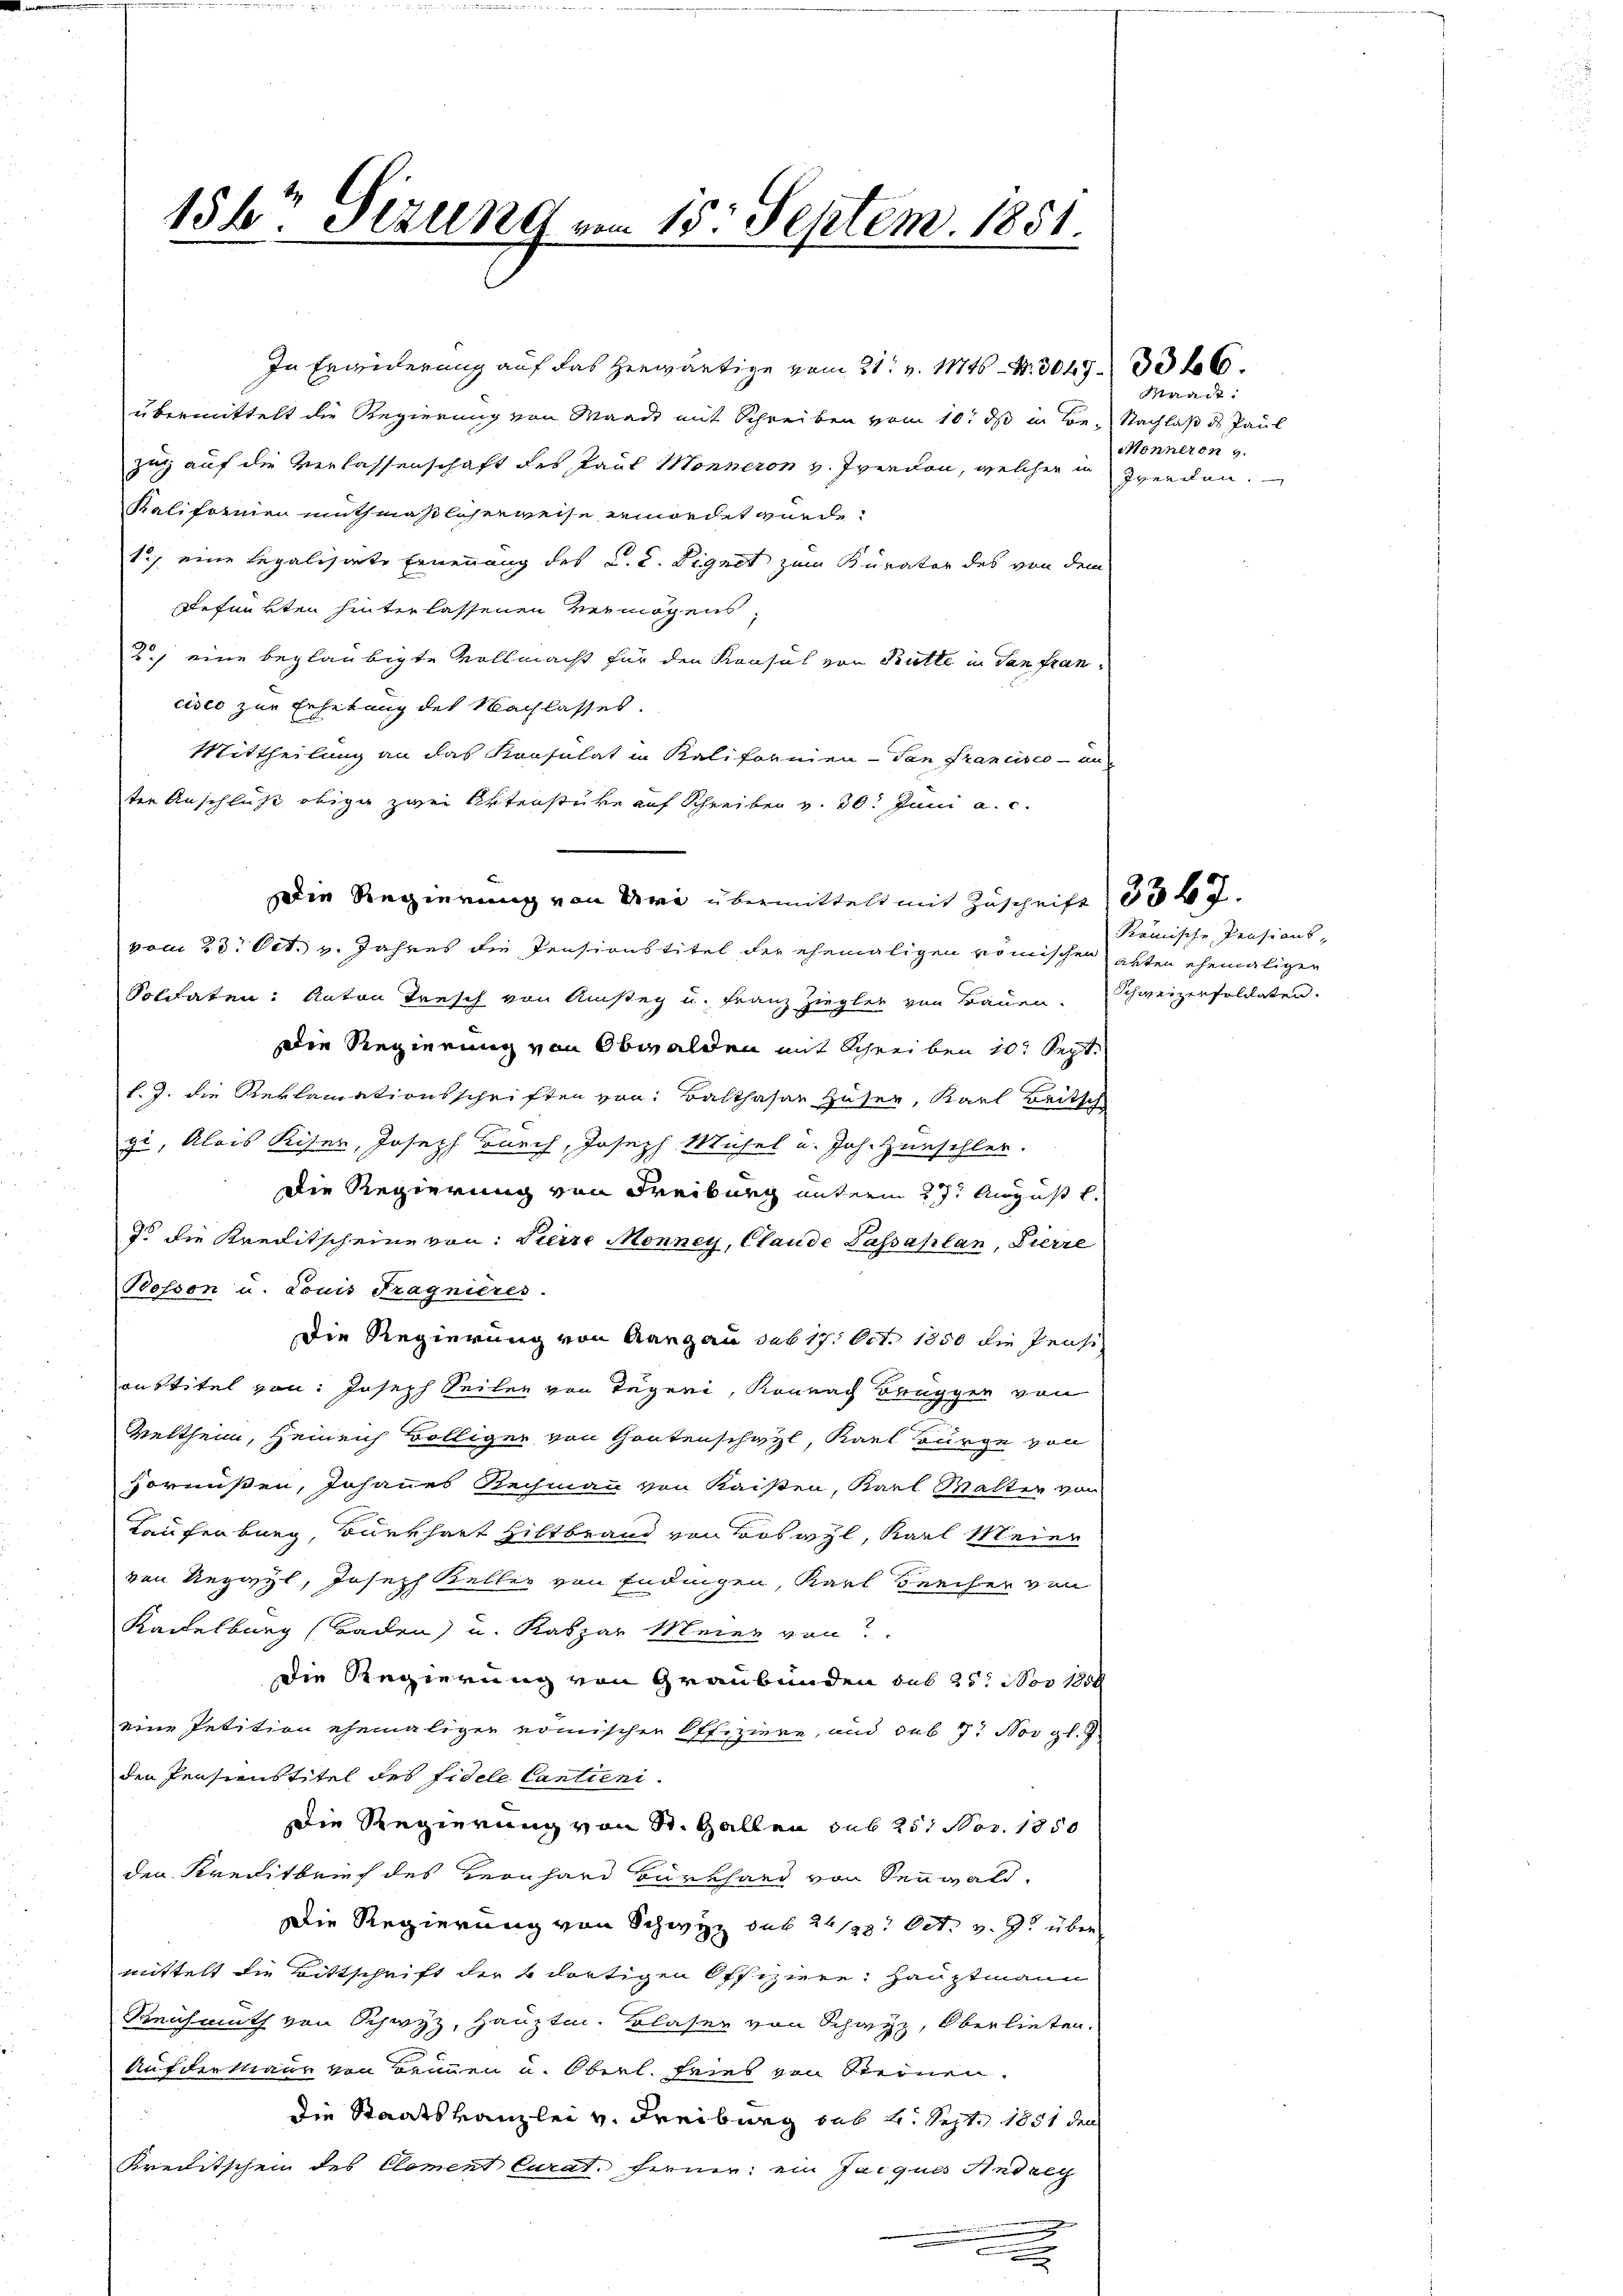
156 Sezung vom 15. Septem. 1851.

In Erwiderung auf das herwärtige vom 21. v. 11746. 3049. 336.
übermittelt die Regierung von Waadt mit Schreiben vom 10. ds in Be- Nachlaß ds Paul
zug auf die Verlassenschaft des Paul Monneron v. Irendon, welcher in Zwerden.
Kalifornien muthmaßlicherweise ermordet wurde.
1) eine Legalisirte Ernennung des C. C. Signet zum Kurator des von dem
Refunkten hinterlassenen Vermögens,
2.) eine beglaubigte Vollmacht für den Konsul von Butte in San fran
cisco zur Erhebung des Nachlasses.
Mittheilung an das Konsulat in Kalifornien-Tan Francisco - an
ter Anschluß obiger zwei Aktenstüke auf Schreiben v. 30. Juni a. c.
Die Regierung von Uri übermittelt mit Zuschrift 334.
vom 23. Oct. v. Jahres die Pensionstitel der ehemaligen römischen Akten ehemaligen
Soldaten: Anton Tresch von Amsteg u. Franz Ziegler von Bauen. Schweizerfoldaten.
Die Regierung von Obwalden mit Schreiben 10. Sept.
l. J. die Reklamationsschriften von Balthasar Huser, Karl Britsch
gi, Alois Reiser, Joseph Durch, Joseph Mühel u. Joh. Zunschler.
Die Regierung von Freiburg unterm 27. August l.
do die Kreditscheine von Steire Monney, Claude Passaplan, Fierze
Posson u. Louis Fragnieres.
Die Regierung von Aargau sub 17. Oct. 1850 die Jense
onstitel von Joseph Seilen von Tägeri, Könnach Beugger von
Wertheim, Heinrich völliger von Gantenschazl, Karl Bürge von
vornißen, Johannes Rechmann von Kaisten, Karl Malter von
Kaufenburg, Burkhart Hiltbrand von Boswyl, Karl Meier
von Regisl, Joseph Keller von Endingen, Karl Frecher von
Kaddelburg (Baden) u. Kaspar Meier von
die Regierung von Graubünden sub 25. Nov 1858
eine Petition ehemaliger nomischen Offiziere, und sub 7. Nov gl. J
den Pensionstitel des Fidele Cantieni¬
Die Regierung von St. Gallen sub 251 Nov. 1850
den Kreditbrief des Hernhard Burkhard von Sennwald.
Die Regierung von Schwyz sub 21/22. Oct. v. J. über
mittelt die Bittschrift der 4 dortigen Offiziere: Hauptmann
Reichmuth von Schwyz, Hauptm. Blaser von Schwyz, Oberlieben.
Aufderstaur von Brunnen u. Oberl. Fries von Steinen.
Die Staatskanzlei v. Freiburg sub 2. Sept. 1851 den
Kreclitschen des Element Curat. Ferner: ein Jacques Andreg
.
e

Waadt:
Monneron v.

kömische Pensions-